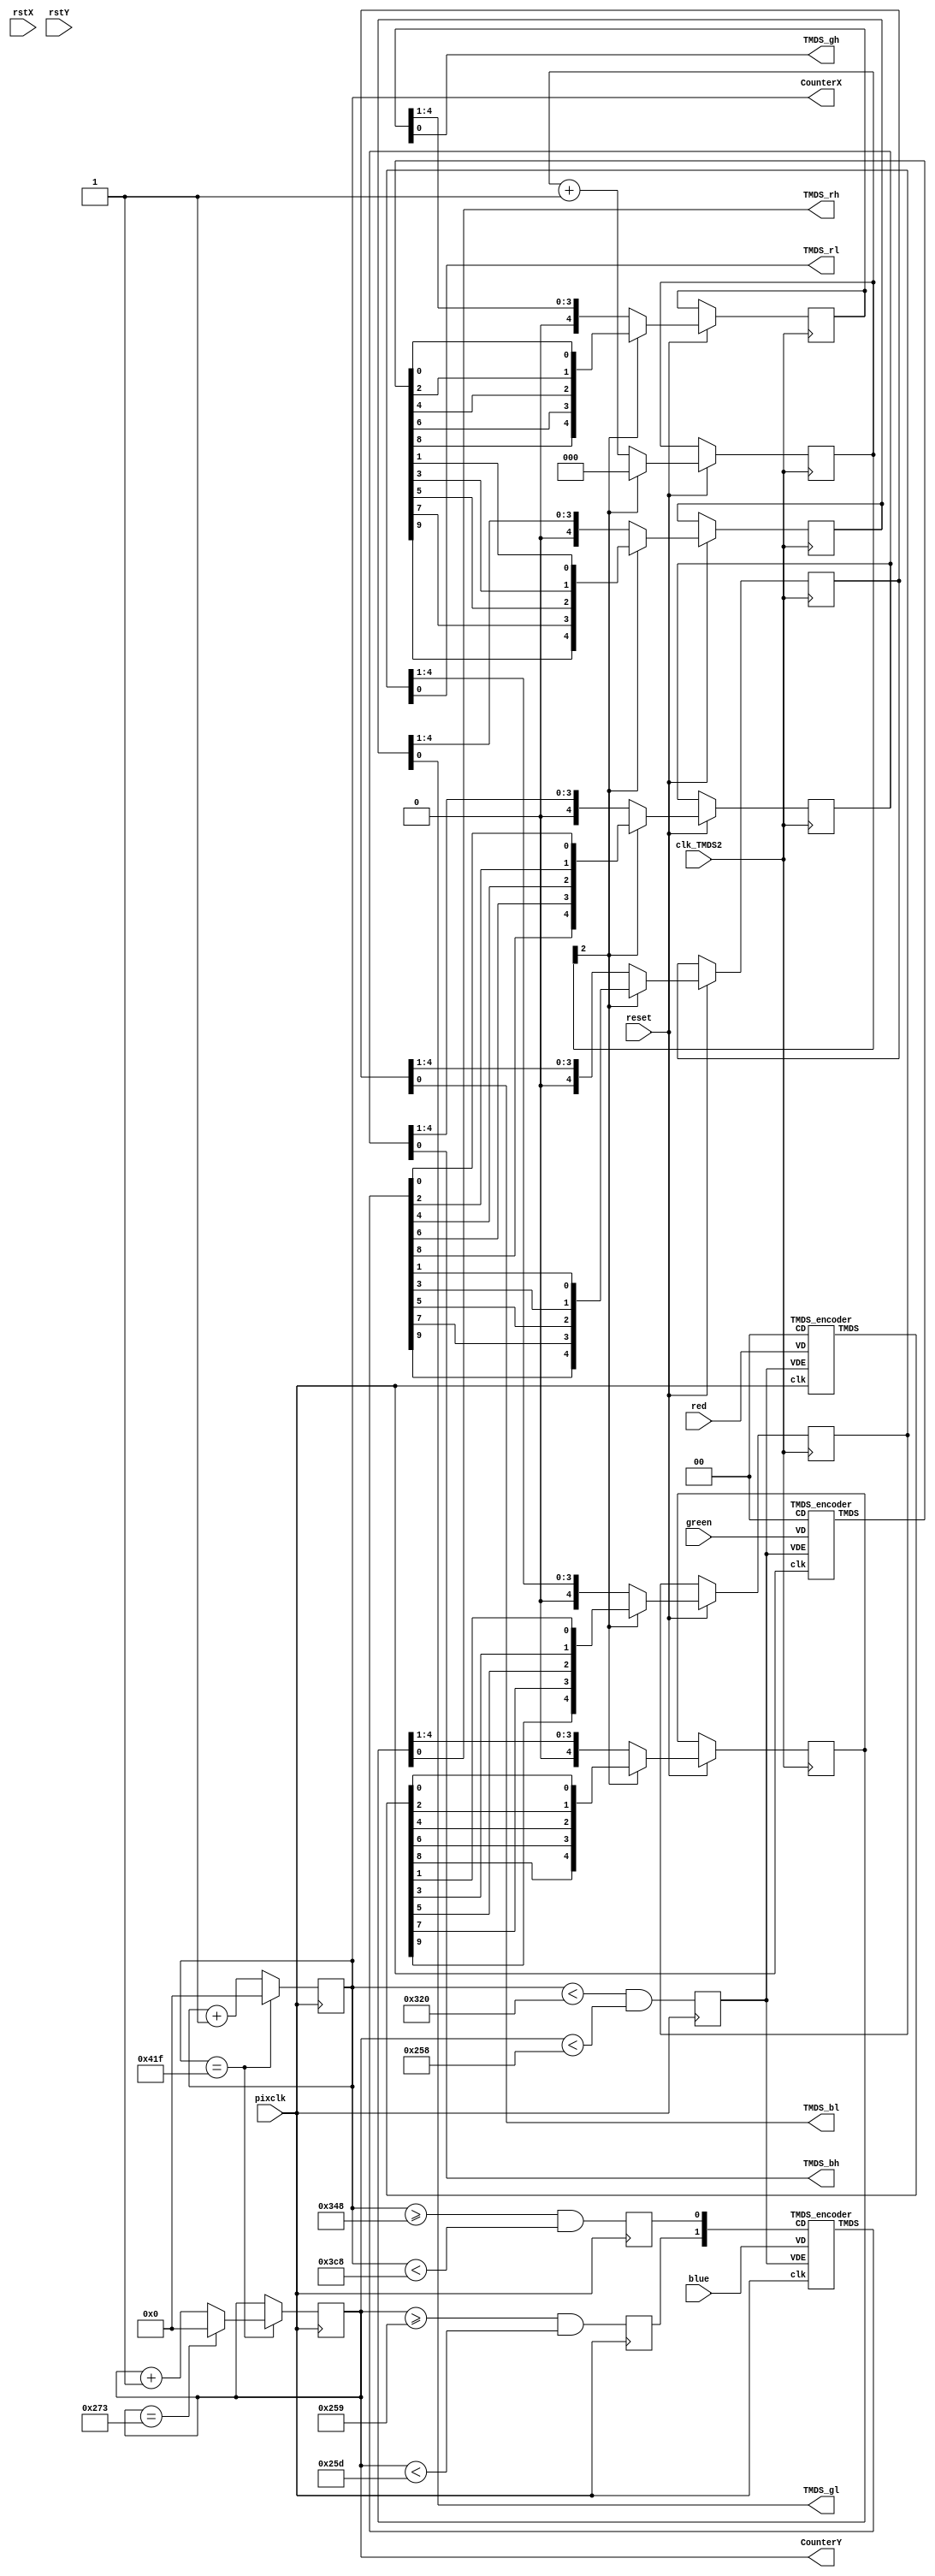

module HDMI_ANY(
	input reset,
	input pixclk,  
	input clk_TMDS2,
	input wire [7:0] red, green, blue,
	input wire rstX,rstY,
	output TMDS_bh,TMDS_bl,TMDS_gh,TMDS_gl,TMDS_rh,TMDS_rl,
	output reg [10:0] CounterX, CounterY
);

//800*600p60 
//pixclk=40 MHz
//Horizontal Timings
parameter hActivePixels        =800;
parameter hFrontPorch           =40;
parameter hSyncWidth           =128;
parameter hBackPorch            =88;
parameter hBlankingTotal       =256;
parameter hTotalPixels        =1056;

//Vertical Timings
parameter vActiveLines         =600;
parameter vFrontPorch            =1;
parameter vSyncWidth             =4;
parameter vBackPorch            =23;
parameter vBlankingTotal        =28;
parameter vTotalLines          =628;

/*//1280*720p60 
//pixclk=75 MHz
//Horizontal Timings
parameter hActivePixels       =1280;
parameter hFrontPorch          =110;
parameter hSyncWidth            =40;
parameter hBackPorch           =220;
parameter hBlankingTotal       =370;
parameter hTotalPixels        =1650;

//Vertical Timings
parameter vActiveLines         =720;
parameter vFrontPorch            =5;
parameter vSyncWidth             =5;
parameter vBackPorch            =20;
parameter vBlankingTotal        =30;
parameter vTotalLines          =750;*/

reg hSync, vSync, DrawArea;
always @(posedge pixclk) DrawArea <= (CounterX<hActivePixels) && (CounterY<vActiveLines);
always @(posedge pixclk) CounterX <= (CounterX==hTotalPixels-1) ? 0 : CounterX+1;
always @(posedge pixclk) if(CounterX==hTotalPixels-1) CounterY <= (CounterY==vTotalLines-1) ? 0 : CounterY+1;
always @(posedge pixclk) hSync <= (CounterX>=hActivePixels+hFrontPorch) && (CounterX<hActivePixels+hFrontPorch+hSyncWidth);
always @(posedge pixclk) vSync <= (CounterY>=vActiveLines+vFrontPorch) && (CounterY<vActiveLines+vFrontPorch+vSyncWidth);

wire [9:0] TMDS_red, TMDS_green, TMDS_blue;
TMDS_encoder encode_R(.clk(pixclk), .VD(red  ), .CD(2'b00)        , .VDE(DrawArea), .TMDS(TMDS_red));
TMDS_encoder encode_G(.clk(pixclk), .VD(green), .CD(2'b00)        , .VDE(DrawArea), .TMDS(TMDS_green));
TMDS_encoder encode_B(.clk(pixclk), .VD(blue ), .CD({vSync,hSync}), .VDE(DrawArea), .TMDS(TMDS_blue));

reg [2:0] TMDS_mod5=0;  // modulus 5 counter
reg [4:0] TMDS_shift_bh=0, TMDS_shift_bl=0;
reg [4:0] TMDS_shift_gh=0, TMDS_shift_gl=0;
reg [4:0] TMDS_shift_rh=0, TMDS_shift_rl=0;

wire [4:0] TMDS_blue_l = {TMDS_blue[9],TMDS_blue[7],TMDS_blue[5],TMDS_blue[3],TMDS_blue[1]};
wire [4:0] TMDS_blue_h= {TMDS_blue[8],TMDS_blue[6],TMDS_blue[4],TMDS_blue[2],TMDS_blue[0]};
wire [4:0] TMDS_green_l = {TMDS_green[9],TMDS_green[7],TMDS_green[5],TMDS_green[3],TMDS_green[1]};
wire [4:0] TMDS_green_h= {TMDS_green[8],TMDS_green[6],TMDS_green[4],TMDS_green[2],TMDS_green[0]};
wire [4:0] TMDS_red_l = {TMDS_red[9],TMDS_red[7],TMDS_red[5],TMDS_red[3],TMDS_red[1]};
wire [4:0] TMDS_red_h= {TMDS_red[8],TMDS_red[6],TMDS_red[4],TMDS_red[2],TMDS_red[0]};

always @(posedge clk_TMDS2)
begin
if(reset==1)
	begin
	TMDS_shift_bh  <= TMDS_mod5[2] ? TMDS_blue_h   : TMDS_shift_bh  [4:1];
	TMDS_shift_bl  <= TMDS_mod5[2] ? TMDS_blue_l   : TMDS_shift_bl  [4:1];
	TMDS_shift_gh  <= TMDS_mod5[2] ? TMDS_green_h   : TMDS_shift_gh  [4:1];
	TMDS_shift_gl  <= TMDS_mod5[2] ? TMDS_green_l   : TMDS_shift_gl  [4:1];
	TMDS_shift_rh  <= TMDS_mod5[2] ? TMDS_red_h   : TMDS_shift_rh  [4:1];
	TMDS_shift_rl  <= TMDS_mod5[2] ? TMDS_red_l   : TMDS_shift_rl  [4:1];
	TMDS_mod5 <= (TMDS_mod5[2]) ? 3'd0 : TMDS_mod5+3'd1;
	end
end

assign TMDS_bh = TMDS_shift_bh[0];
assign TMDS_bl = TMDS_shift_bl[0];
assign TMDS_gh = TMDS_shift_gh[0];
assign TMDS_gl = TMDS_shift_gl[0];
assign TMDS_rh = TMDS_shift_rh[0];
assign TMDS_rl = TMDS_shift_rl[0];

endmodule

module TMDS_encoder(
	input clk,
	input [7:0] VD,  // video data (red, green or blue)
	input [1:0] CD,  // control data
	input VDE,  // video data enable, to choose between CD (when VDE=0) and VD (when VDE=1)
	output reg [9:0] TMDS = 0
);

wire [3:0] Nb1s = VD[0] + VD[1] + VD[2] + VD[3] + VD[4] + VD[5] + VD[6] + VD[7];
wire XNOR = (Nb1s>4'd4) || (Nb1s==4'd4 && VD[0]==1'b0);
wire [8:0] q_m = {~XNOR, q_m[6:0] ^ VD[7:1] ^ {7{XNOR}}, VD[0]};

reg [3:0] balance_acc = 0;
wire [3:0] balance = q_m[0] + q_m[1] + q_m[2] + q_m[3] + q_m[4] + q_m[5] + q_m[6] + q_m[7] - 4'd4;
wire balance_sign_eq = (balance[3] == balance_acc[3]);
wire invert_q_m = (balance==0 || balance_acc==0) ? ~q_m[8] : balance_sign_eq;
wire [3:0] balance_acc_inc = balance - ({q_m[8] ^ ~balance_sign_eq} & ~(balance==0 || balance_acc==0));
wire [3:0] balance_acc_new = invert_q_m ? balance_acc-balance_acc_inc : balance_acc+balance_acc_inc;
wire [9:0] TMDS_data = {invert_q_m, q_m[8], q_m[7:0] ^ {8{invert_q_m}}};
wire [9:0] TMDS_code = CD[1] ? (CD[0] ? 10'b1010101011 : 10'b0101010100) : (CD[0] ? 10'b0010101011 : 10'b1101010100);

always @(posedge clk) TMDS <= VDE ? TMDS_data : TMDS_code;
always @(posedge clk) balance_acc <= VDE ? balance_acc_new : 4'h0;
endmodule